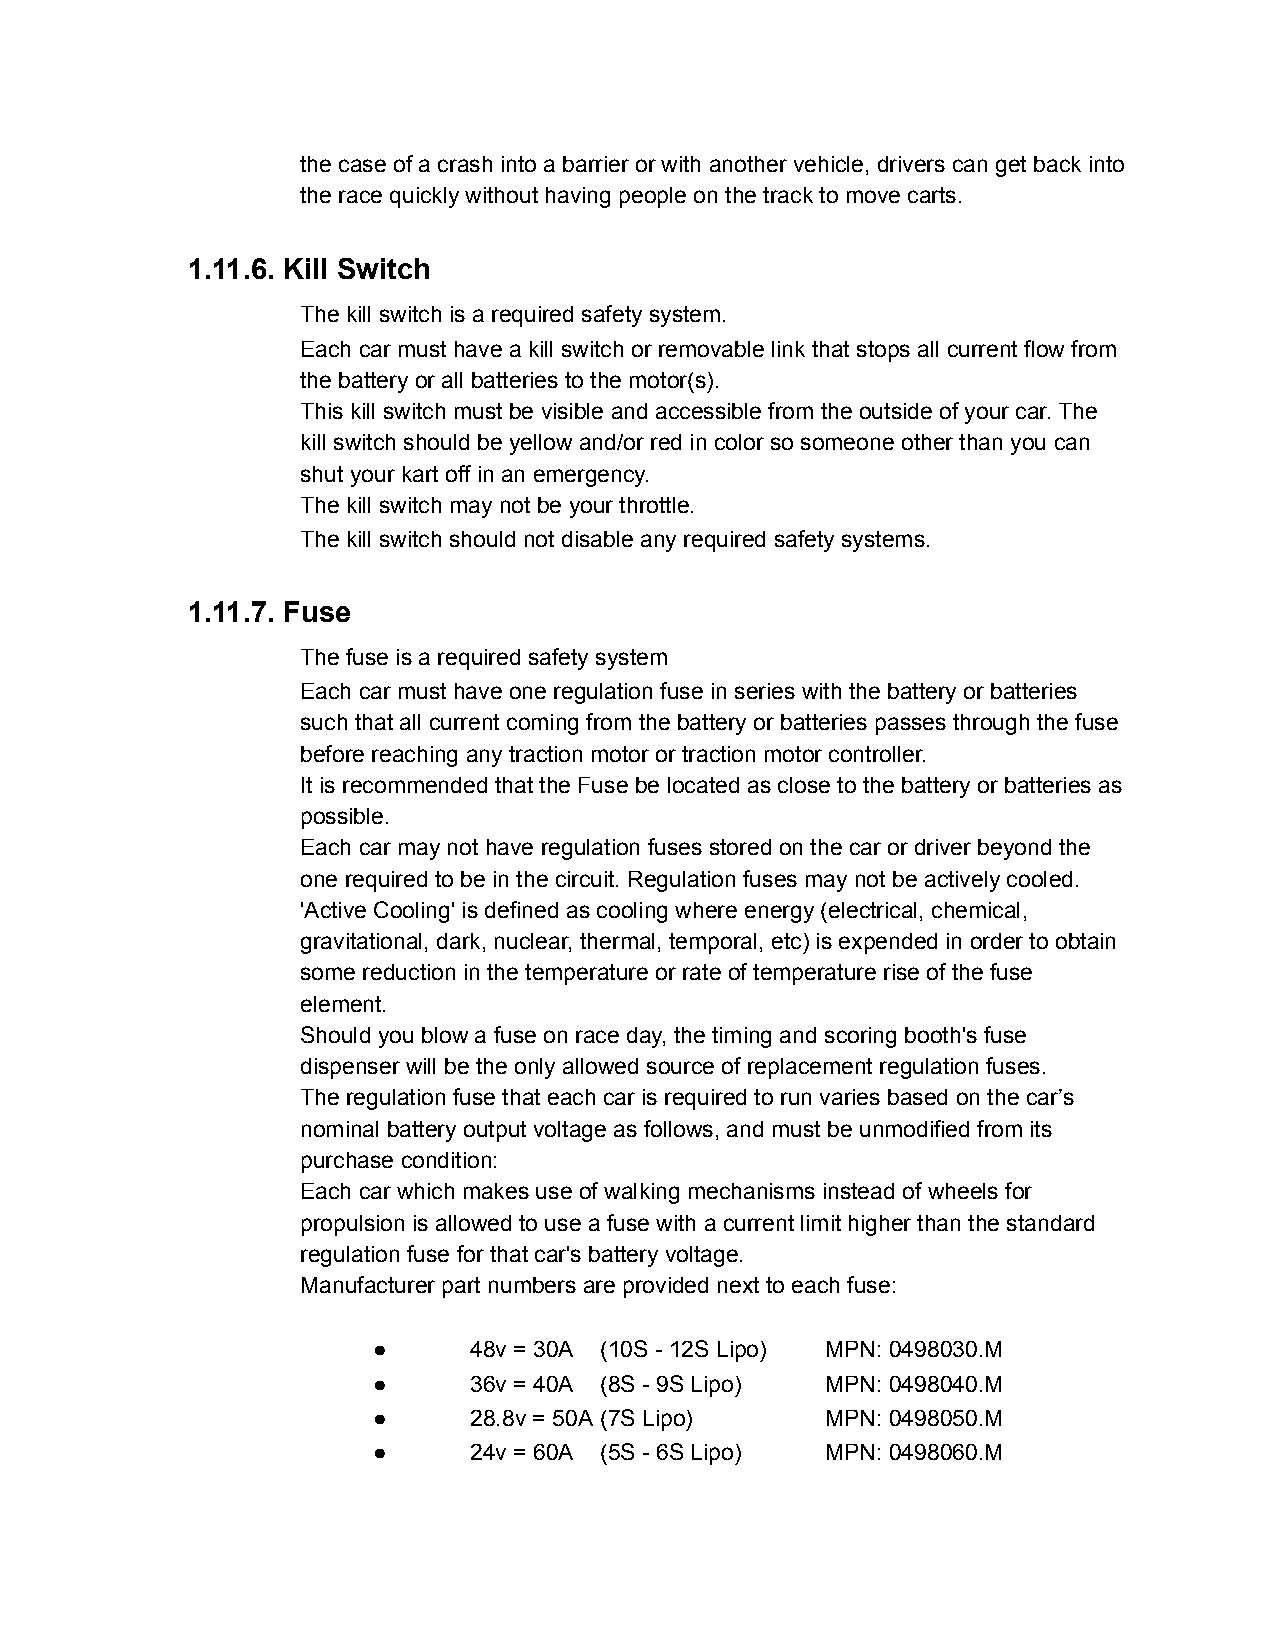
the case of a crash into a barrier or with another vehicle, drivers can get back into
 the race quickly without having people on the track to move carts.
 1.11.6. Kill Switch
 The kill switch is a required safety system.
 Each car must have a kill switch or removable link that stops all current flow from
 the battery or all batteries to the motor(s).
 This kill switch must be visible and accessible from the outside of your car. The
 kill switch should be yellow and/or red in color so someone other than you can
 shut your kart off in an emergency.
 The kill switch may not be your throttle.
 The kill switch should not disable any required safety systems.
 1.11.7. Fuse
 The fuse is a required safety system
 Each car must have one regulation fuse in series with the battery or batteries
 such that all current coming from the battery or batteries passes through the fuse
 before reaching any traction motor or traction motor controller.
 It is recommended that the Fuse be located as close to the battery or batteries as
 possible.
 Each car may not have regulation fuses stored on the car or driver beyond the
 one required to be in the circuit. Regulation fuses may not be actively cooled.
 'Active Cooling' is defined as cooling where energy (electrical, chemical,
 gravitational, dark, nuclear, thermal, temporal, etc) is expended in order to obtain
 some reduction in the temperature or rate of temperature rise of the fuse
 element.
 Should you blow a fuse on race day, the timing and scoring booth's fuse
 dispenser will be the only allowed source of replacement regulation fuses.
 The regulation fuse that each car is required to run varies based on the car’s
 nominal battery output voltage as follows, and must be unmodified from its
 purchase condition:
 Each car which makes use of walking mechanisms instead of wheels for
 propulsion is allowed to use a fuse with a current limit higher than the standard
 regulation fuse for that car's battery voltage.
 Manufacturer part numbers are provided next to each fuse:
 ●     48v = 30A (10S - 12S Lipo) MPN: 0498030.M
 ●     36v = 40A (8S - 9S Lipo) MPN: 0498040.M
 ●     28.8v = 50A (7S Lipo)   MPN: 0498050.M
 ●     24v = 60A (5S - 6S Lipo) MPN: 0498060.M